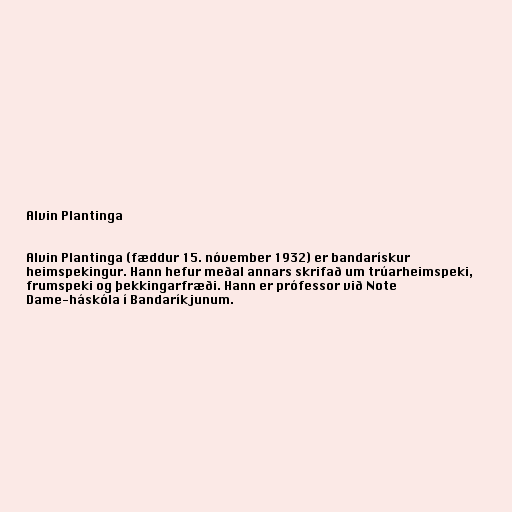
Alvin Plantinga

Alvin Plantinga (fæddur 15. nóvember 1932) er bandarískur
heimspekingur. Hann hefur meðal annars skrifað um trúarheimspeki,
frumspeki og þekkingarfræði. Hann er prófessor við Note
Dame-háskóla í Bandaríkjunum.